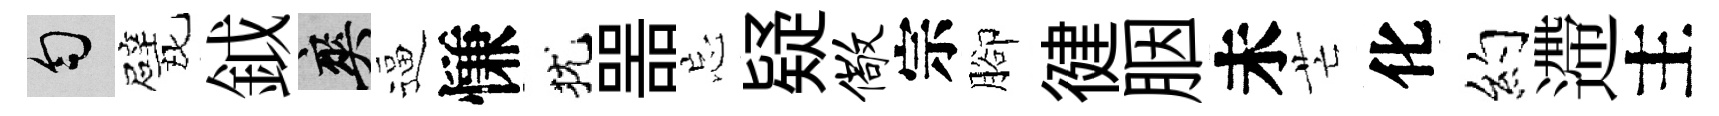
匀戏鉞爽逼慊犹噐忘疑儆宗腳徤胭未芒化约遰主